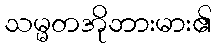
သမ္မတအိုဘားမား၏